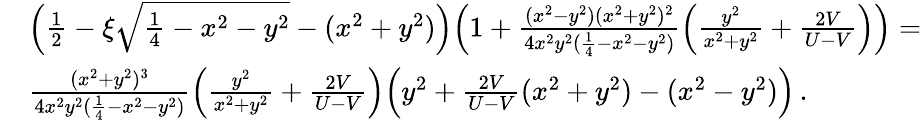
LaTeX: \begin{array}{rl}&{\Big(\frac{1}{2}-\xi\sqrt{\frac{1}{4}-x^{2}-y^{2}}-(x^{2}+y^{2})\Big)\Big(1+\frac{(x^{2}-y^{2})(x^{2}+y^{2})^{2}}{4x^{2}y^{2}(\frac{1}{4}-x^{2}-y^{2})}\Big(\frac{y^{2}}{x^{2}+y^{2}}+\frac{2V}{U-V}\Big)\Big)=}\\ &{\frac{(x^{2}+y^{2})^{3}}{4x^{2}y^{2}(\frac{1}{4}-x^{2}-y^{2})}\Big(\frac{y^{2}}{x^{2}+y^{2}}+\frac{2V}{U-V}\Big)\Big(y^{2}+\frac{2V}{U-V}(x^{2}+y^{2})-(x^{2}-y^{2})\Big)\, .}\end{array}